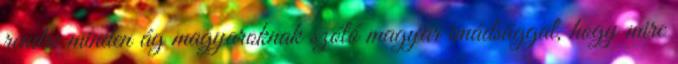
rendre minden ág magyaroknak szóló magyar imádsággal, hogy mire